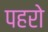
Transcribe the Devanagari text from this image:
पहरो